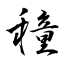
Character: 穜